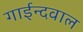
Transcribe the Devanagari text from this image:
गाईन्दवाल